Civil Veterinary Dept. North-West Frontier Province 1923-32 - 1923-1932
Year: 1923
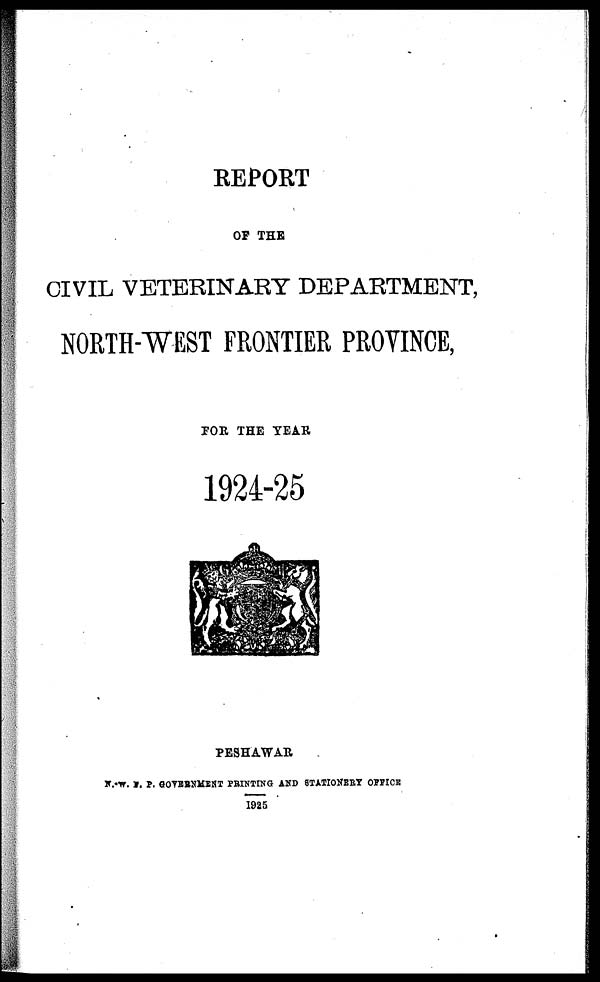
REPORT
OF THE
CIVIL VETERINARY DEPARTMENT,
NORTH-WEST FRONTIER PROVINCE,
FOR THE YEAR
1924-25